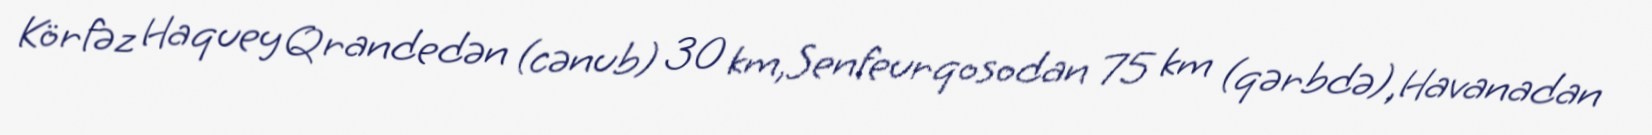
Körfəz Haquey Qrandedən (cənub) 30 km,Senfeurqosodan 75 km (qərbdə),Havanadan